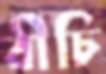
বীচি